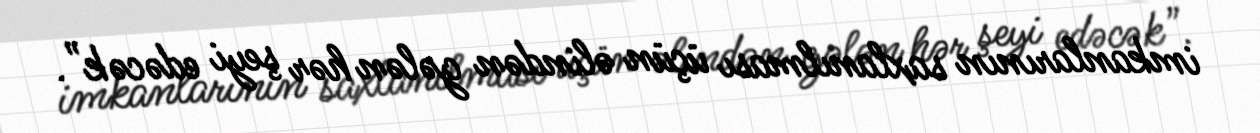
imkanlarının saxlanılması üçün əlindən gələn hər şeyi edəcək”.